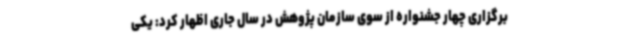
برگزاری چهار جشنواره از سوی سازمان پژوهش در سال جاری اظهار کرد: یکی